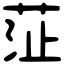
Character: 鿊